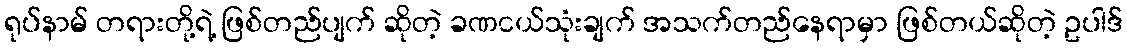
ရုပ်နာမ် တရားတို့ရဲ့ ဖြစ်တည်ပျက် ဆိုတဲ့ ခဏငယ်သုံးချက် အသက်တည်နေရာမှာ ဖြစ်တယ်ဆိုတဲ့ ဥပါဒ်